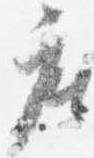
座